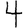
Digit: 4